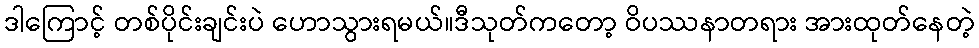
ဒါကြောင့် တစ်ပိုင်းချင်းပဲ ဟောသွားရမယ်။ဒီသုတ်ကတော့ ဝိပဿနာတရား အားထုတ်နေတဲ့